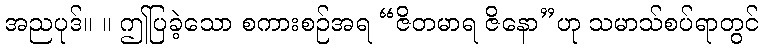
အညပုဒ်။ ။ ဤပြခဲ့သော စကားစဉ်အရ “ဇိတမာရ ဇိနော”ဟု သမာသ်စပ်ရာတွင်